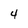
Character: 4